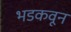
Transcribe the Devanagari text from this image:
भडकवून